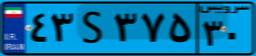
۴۳S۳۷۵۳۰